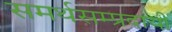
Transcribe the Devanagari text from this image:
समर्थसम्प्रदायी